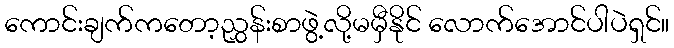
ကောင်းချက်ကတော့ညွှန်းစာဖွဲ့လို့မမှီနိုင် လောက်အောင်ပါပဲရှင်။